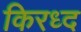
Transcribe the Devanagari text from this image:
किरध्द